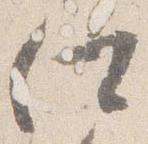
仕